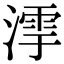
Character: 𣼻